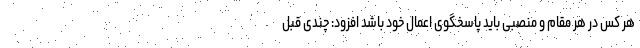
هر کس در هر مقام و منصبی باید پاسخگوی اعمال خود باشد افزود: چندی قبل